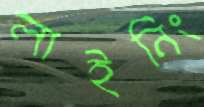
লাইনিং